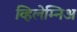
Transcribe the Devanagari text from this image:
व्हिलेम्निअ